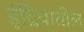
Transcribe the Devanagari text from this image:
इंद्रियातील